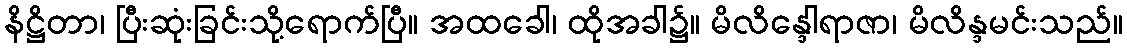
နိဋ္ဌိတာ၊ ပြီးဆုံးခြင်းသို့ရောက်ပြီ။ အထခေါ၊ ထိုအခါ၌။ မိလိန္ဒေါရာဇာ၊ မိလိန္ဒမင်းသည်။